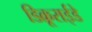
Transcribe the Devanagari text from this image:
डिक्रूराईडे